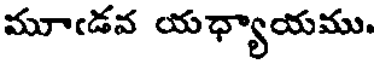
మూఁడవ యధ్యాయము.